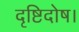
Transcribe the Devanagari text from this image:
दृष्टिदोष।